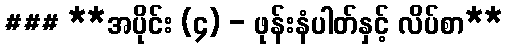
### **အပိုင်း (၄) - ဖုန်းနံပါတ်နှင့် လိပ်စာ**